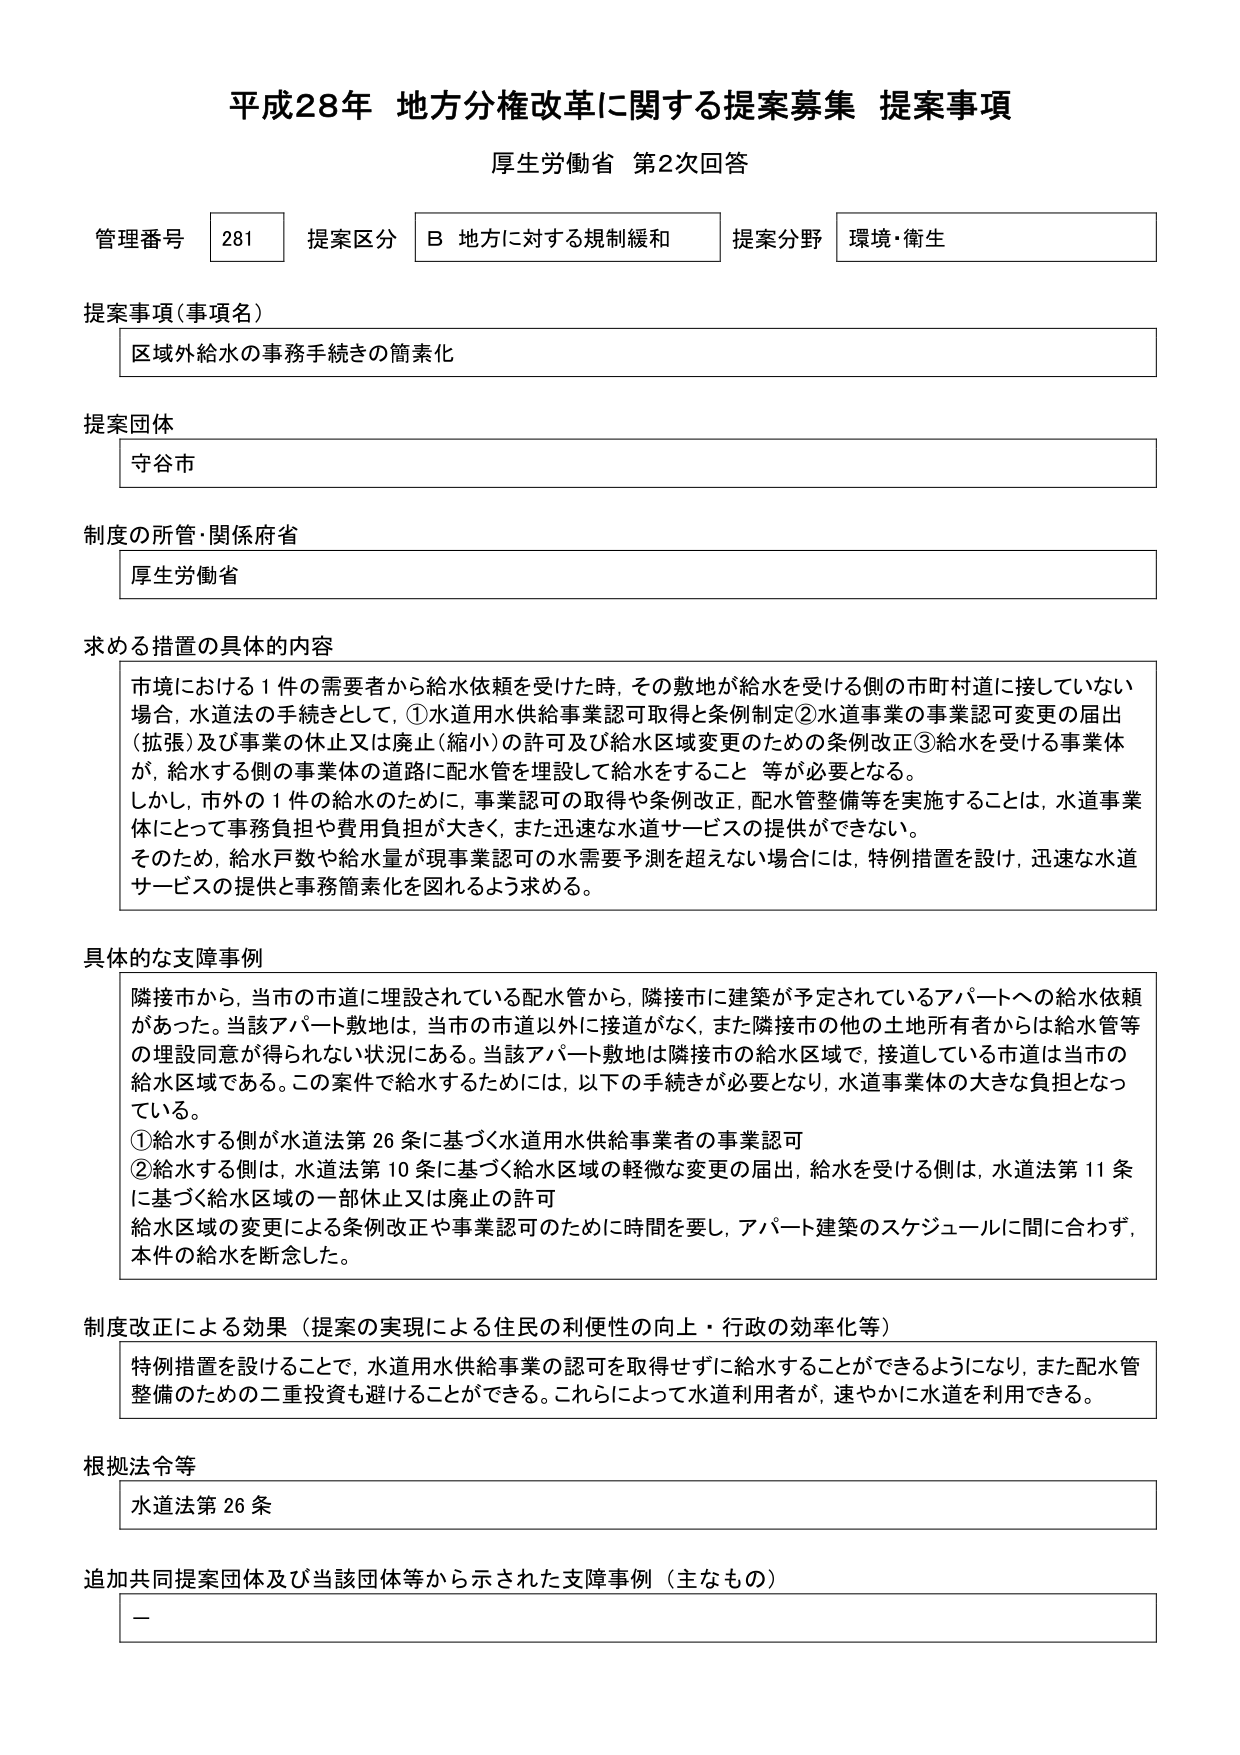
平成28年 地方分権改革に関する提案募集 提案事項
厚生労働省 第2次回答

管理番号 281 提案区分 B 地方に対する規制緩和 提案分野 環境・衛生

提案事項（事項名）
区域外給水の事務手続きの簡素化

提案団体
守谷市

制度の所管・関係府省
厚生労働省

求める措置の具体的内容
市境における1件の需要者から給水依頼を受けた時，その敷地が給水を受ける側の市町村道に接していない場合，水道法の手続きとして，①水道用水供給事業認可取得と条例制定②水道事業の事業認可変更の届出（拡張）及び事業の休止又は廃止（縮小）の許可及び給水区域変更のための条例改正③給水を受ける事業体が，給水する側の事業体の道路に配水管を埋設して給水をすること 等が必要となる。
しかし，市外の1件の給水のために，事業認可の取得や条例改正，配水管整備等を実施することは，水道事業体にとって事務負担や費用負担が大きく，また迅速な水道サービスの提供ができていない。
そのため，給水戸数や給水量が現事業認可の水需要予測を超えない場合には，特例措置を設け，迅速な水道サービスの提供と事務簡素化を図るよう求める。

具体的な支障事例
隣接市から，当市の市道に埋設されている配水管から，隣接市に建築が予定されているアパートへの給水依頼があった。当該アパート敷地は，当市の市道以外に接道がなく，また隣接市の他の土地所有者からは給水管等の埋設同意が得られない状況にある。当該アパート敷地は隣接市の給水区域で，接道している市道は当市の給水区域である。この案件で給水するためには，以下の手続きが必要となり，水道事業体の大きな負担となっている。
①給水する側が水道法第26条に基づく水道用水供給事業者の事業認可
②給水する側は，水道法第10条に基づく給水区域の軽微な変更の届出，給水を受ける側は，水道法第11条に基づく給水区域の一部休止又は廃止の許可
給水区域の変更による条例改正や事業認可のために時間を要し，アパート建築のスケジュールに間に合わず，本件の給水を断念した。

制度改正による効果（提案の実現による住民の利便性の向上・行政の効率化等）
特例措置を設けることで，水道用水供給事業の認可を取得せずに給水することができるようになり，また配水管整備のための二重投資も避けることができる。これらによって水道利用者が，速やかに水道を利用できる。

根拠法令等
水道法第26条

追加共同提案団体及び当該団体等から示された支障事例（主なもの）
－